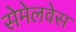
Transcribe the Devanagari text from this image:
सेमेलवेस